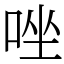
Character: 唑